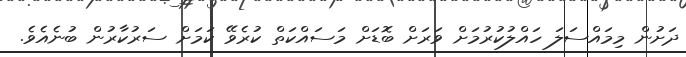
ދަށުން މިމައްސަލަ ހައްލުކުރުމަށް ވަރަށް ބޮޑަށް މަސައްކަތް ކުރެވޭ ކަމަށް ސަރުކާރުން ބުނެއެވެ.